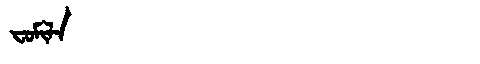
Manchu: ᠸᠣᠮᡳᠯᠠ
Romanization: FOMILA